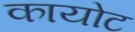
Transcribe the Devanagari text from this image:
कायोट